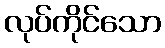
လုပ်ကိုင်သော